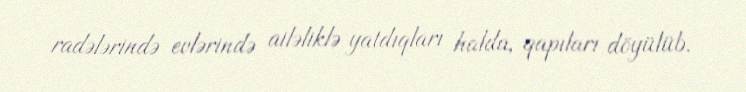
radələrində evlərində ailəliklə yatdıqları halda, qapıları döyülüb.